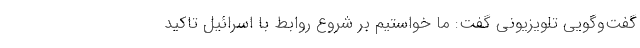
گفت‌وگویی تلویزیونی گفت: ما خواستیم بر شروع روابط با اسرائیل تاکید